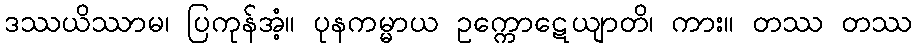
ဒဿယိဿာမ၊ ပြကုန်အံ့။ ပုနကမ္မာယ ဥက္ကောဋေယျာတိ၊ ကား။ တဿ တဿ